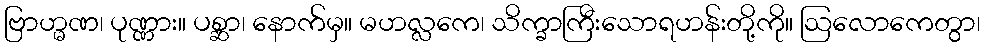
ဗြာဟ္မဏ၊ ပုဏ္ဏား။ ပစ္ဆာ၊ နောက်မှ။ မဟလ္လကေ၊ သိက္ခာကြီးသောရဟန်းတို့ကို။ ဩလောကေတွာ၊